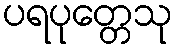
ပရပုတ္တေသု